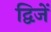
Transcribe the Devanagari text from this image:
द्विजें